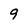
Character: 9